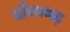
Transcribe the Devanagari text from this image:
बाँदवगढ़